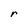
Character: r